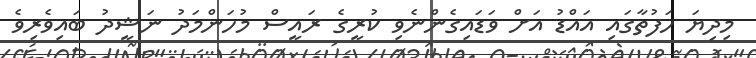
މިދިޔަ ހަފުތާގައި އައްޑު އަށް ވަޑައިގެންނެވި ކުރީގެ ރައީސް މުހަންމަދު ނަޝީދު ބައިވެރިވެ